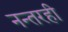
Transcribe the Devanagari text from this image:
नन्तरही